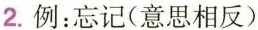
2.例：忘记(意思相反)